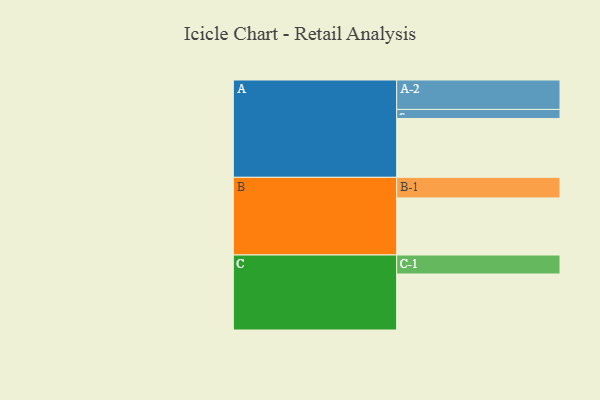
{"axis": {"x": "Segment", "y": "Value"}, "legend": ["", "A", "B", "C"], "data": [{"x": "A", "y": 598, "type": ""}, {"x": "B", "y": 580, "type": ""}, {"x": "C", "y": 569, "type": ""}, {"x": "A-1", "y": 92, "type": "A"}, {"x": "A-2", "y": 299, "type": "A"}, {"x": "B-1", "y": 209, "type": "B"}, {"x": "C-1", "y": 193, "type": "C"}]}